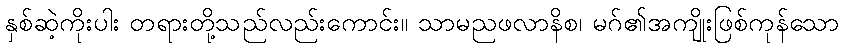
နှစ်ဆဲ့ကိုးပါး တရားတို့သည်လည်းကောင်း။ သာမညဖလာနိစ၊ မဂ်၏အကျိုးဖြစ်ကုန်သော